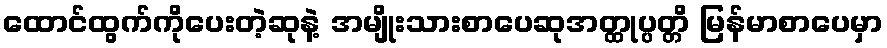
ထောင်ထွက်ကိုပေးတဲ့ဆုနဲ့ အမျိုးသားစာပေဆုအတ္ထုပ္ပတ္တိ မြန်မာစာပေမှာ